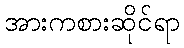
အားကစားဆိုင်ရာ